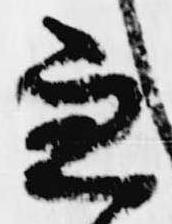
兼